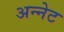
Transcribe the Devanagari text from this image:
अन्नेट